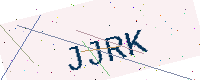
Text: JJRK